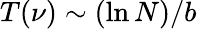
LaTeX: T(\nu)\sim(\ln{N})/b